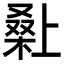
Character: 𭫌